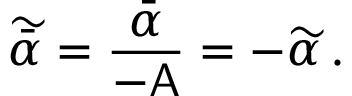
\widetilde { \bar { \alpha } } = \frac { \bar { \alpha } } { - \mathsf { A } } = - \widetilde { \alpha } \, .